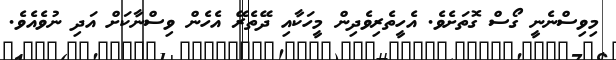
މިވިސްނެނީ ގޯސް ގޮތަށެވެ. އެހީތެރިވެދިން މީހަކާއި ދޭތެރޭ އެހެން ވިސްނާކަށް އަދި ނުވެއެވެ.